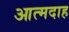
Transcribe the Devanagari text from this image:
आत्‍मदाह